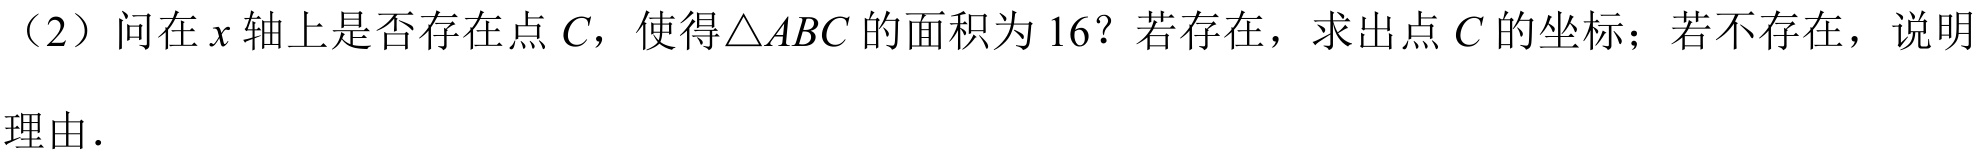
（2）问在\(x\)轴上是否存在点\(C\)，使得\(\triangle ABC\)的面积为\(16\)？若存在，求出点\(C\)的坐标；若不存在，说明
理由.